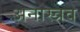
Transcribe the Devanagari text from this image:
अनास्त्रव